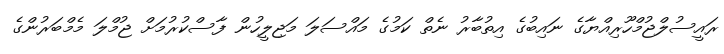
ރައީސުލްޖުމްހޫރިއްޔާގެ ނައިބުގެ އިތުބާރު ނެތް ކަމުގެ މައްސަލަ މަޖިލީހުން ފާސްކުރުމަށް ޖުމްލަ މެމްބަރުންގެ